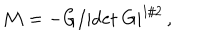
{ \cal M } = - G / | \mathrm { d e t } \ G | ^ { 1 / 2 } \, ,